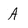
Character: A